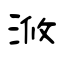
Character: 浟